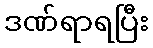
ဒဏ်ရာရပြီး